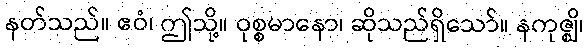
နတ်သည်။ ဧဝံ၊ ဤသို့။ ဝုစ္စမာနော၊ ဆိုသည်ရှိသော်။ နကုဇ္ဈိ၊